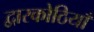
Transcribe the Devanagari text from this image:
द्वारकोठियाँ